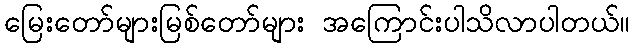
မြေးတော်များမြစ်တော်များ အကြောင်းပါသိလာပါတယ်။